Scottish Leaving Certificate Examination, 1957
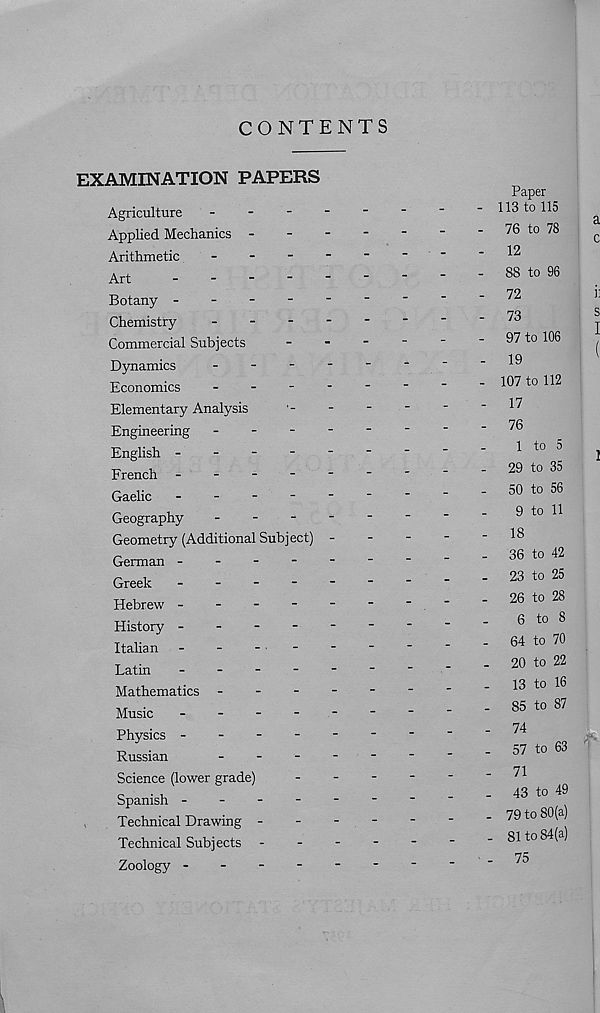
CONTENTS
EXAMINATION PAPERS
Agriculture
-
-
-
-
Applied Mechanics -
Arithmetic
_
-
-
-
Art
_
-
-
-
-
Botany -
-
-
-
-
Chemistry
...
-
Commercial Subjects
Dynamics
-
-
-
-
Economics
-
-
-
-
Elementary Analysis
Engineering -
-
-
-
English -
-
-
-
-
French -
-
-
-
-
Gaelic
-
-
-
-
-
Geography
-
-
-
-
Geometry (Additional Subject) -
German -
-
-
-
-
Greek
-
Hebrew -
History -
Italian ------
Latin
-
-
-
-
-
Mathematics -
-
-
-
Music
-
-
-
-
-
Physics -
-
-
-
-
Russian
-
-
-
-
Science (lower grade)
Spanish -
-
-
-
-
Technical Drawing -
Technical Subjects -
Zoology -
-
-
-
Paper
113 to 115
76 to 78
a
C
12
88 to 96
72
il
73
s
97 to 106
19
^
107 to 112
17
76
1 to 5
j
29 to 35
50 to 56
9 to 11
18
36 to 42
23 to 25
26 to 28
6 to 8
64 to 70
20 to 22
13 to 16
85 to 87
74
57 to 63
71
43 to 49
79 to 80(a)
81 to 84(a)
75